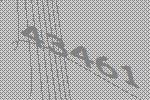
43461